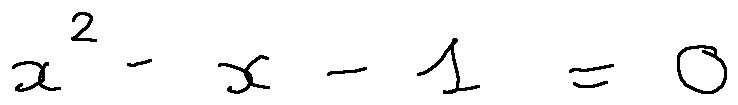
x ^ { 2 } - x - 1 = 0